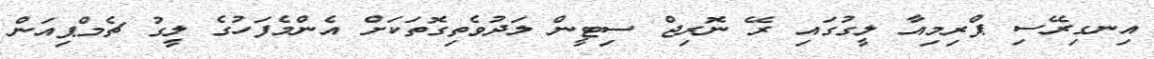
އިނގިރޭސި ޕްރިމިއާ ލީގުގައި ރޭ ނޮރިޖް ސިޓީން ލަދުވެތިގޮތަކަށް އެންމެފަހުގެ ލީގު ޗެމްޕިއަން